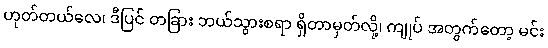
ဟုတ်တယ်လေ၊ ဒီပြင် တခြား ဘယ်သွားစရာ ရှိတာမှတ်လို့၊ ကျုပ် အတွက်တော့ မင်း